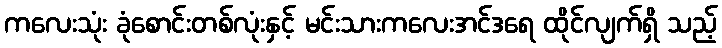
ကလေးသုံး ခုံစောင်းတစ်လုံးနှင့် မင်းသားကလေးအင်ဒရေ ထိုင်လျက်ရှိ သည့်